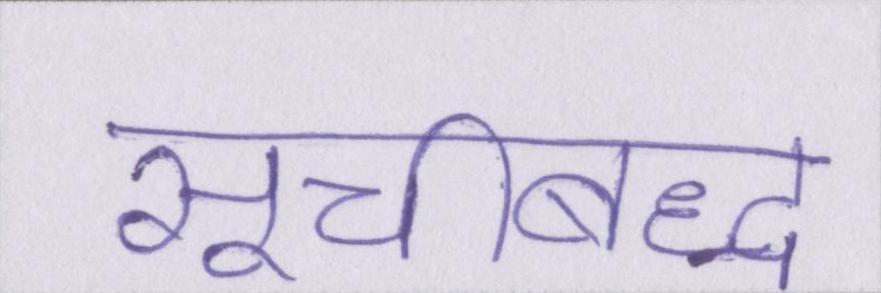
सूचीबद्ध